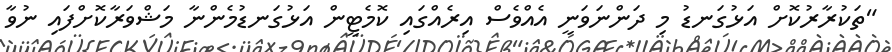
"ތަކުރާރުކޮށް އަޅުގަނޑު މި ދަންނަވަނީ އެއްވެސް އިރެއްގައި ކޮމެޓީން އަޅުގަނޑުމެންނާ މަޝްވަރާކޮށްފައި ނުވާ